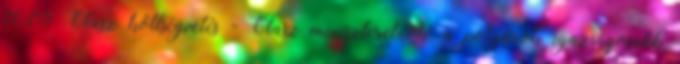
16:05 Olasz költségvetés - Olasz miniszterelnök: a polgárok igazságosabb